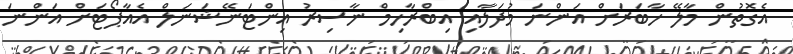
އެގޮތުން މާލޭ ހާބަރަށް އަންނަ މުދަލާއި އިބްރާހިމް ނާސިރު އިންޓަނޭޝަނަލް އެއާޕޯޓަށް އަންނަަ